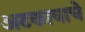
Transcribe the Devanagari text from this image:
अटकावाचे